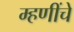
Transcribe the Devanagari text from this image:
म्हणींचे